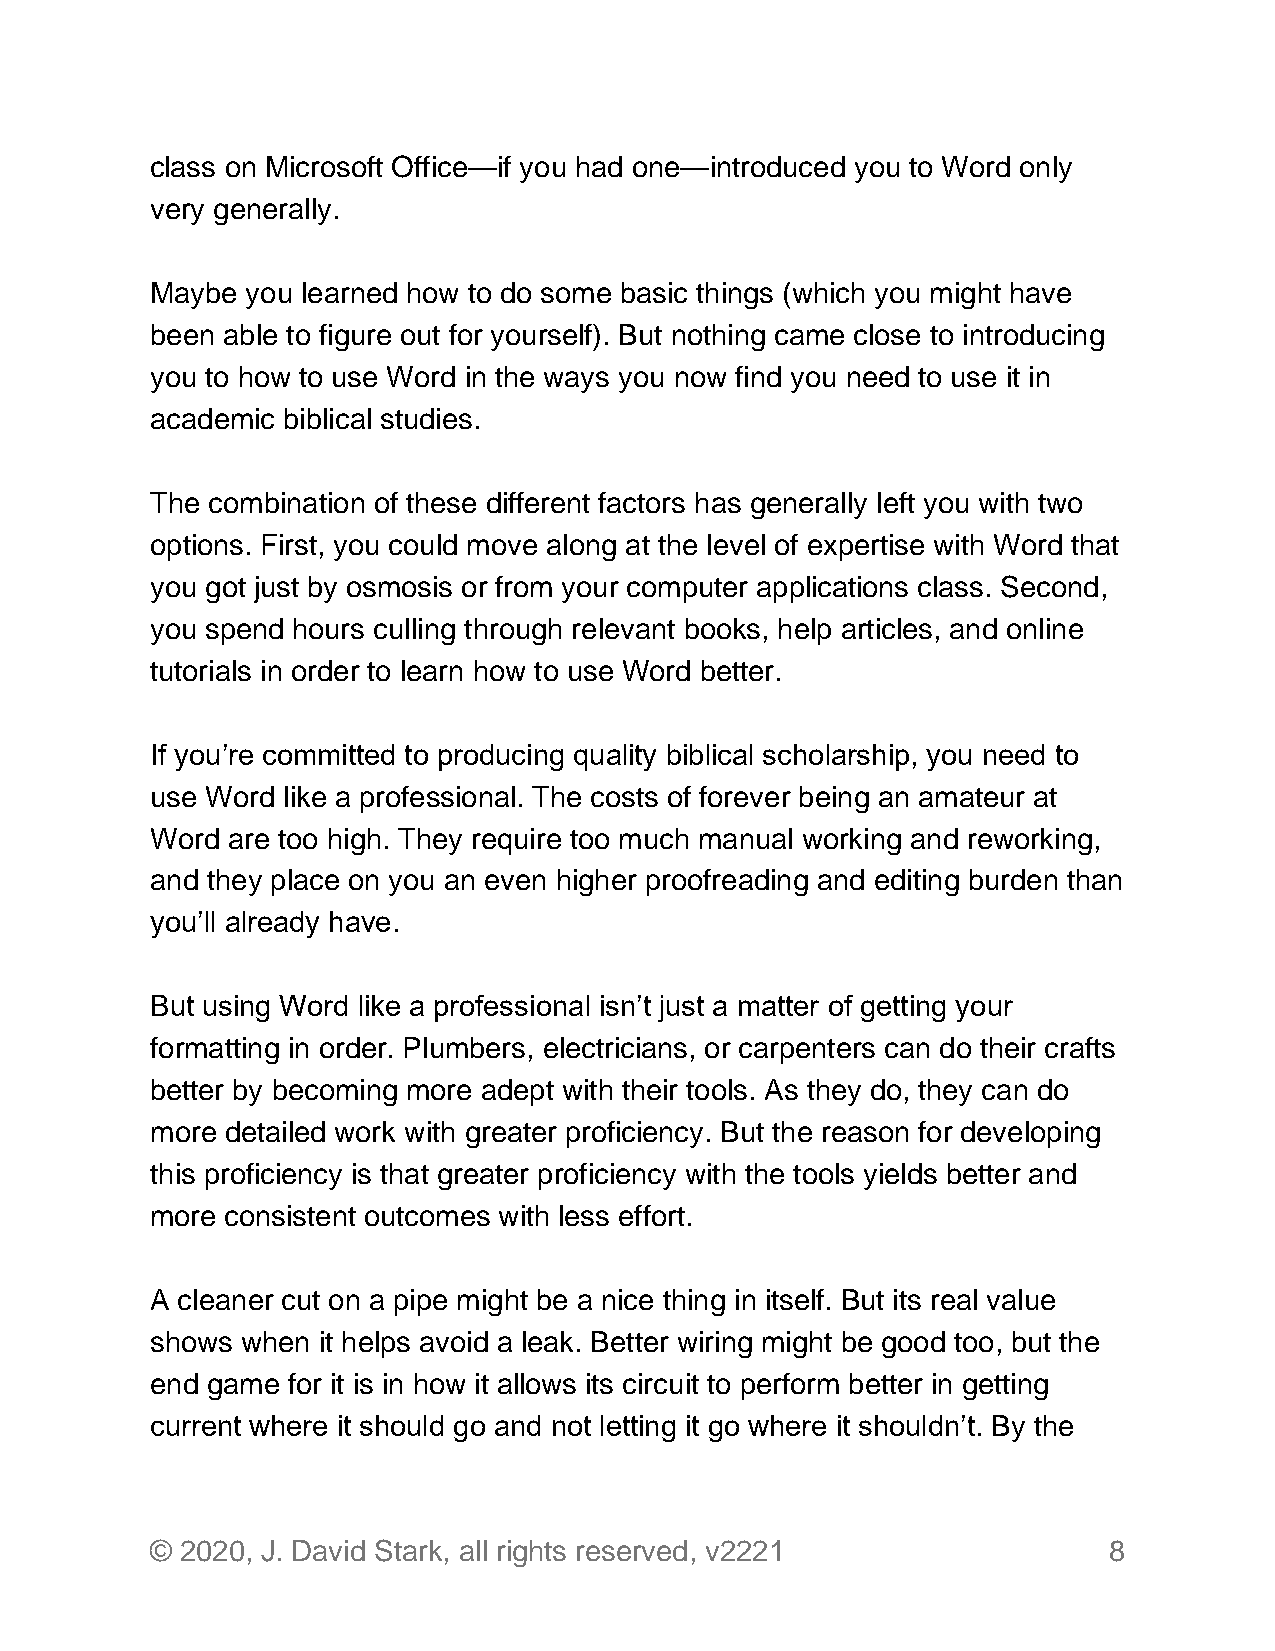
class on Microsoft Office—if you had one—introduced you to Word only
 very generally.
 Maybe you learned how to do some basic things (which you might have
 been able to figure out for yourself). But nothing came close to introducing
 you to how to use Word in the ways you now find you need to use it in
 academic biblical studies.
 The combination of these different factors has generally left you with two
 options. First, you could move along at the level of expertise with Word that
 you got just by osmosis or from your computer applications class. Second,
 you spend hours culling through relevant books, help articles, and online
 tutorials in order to learn how to use Word better.
 If you’re committed to producing quality biblical scholarship, you need to
 use Word like a professional. The costs of forever being an amateur at
 Word are too high. They require too much manual working and reworking,
 and they place on you an even higher proofreading and editing burden than
 you’ll already have.
 But using Word like a professional isn’t just a matter of getting your
 formatting in order. Plumbers, electricians, or carpenters can do their crafts
 better by becoming more adept with their tools. As they do, they can do
 more detailed work with greater proficiency. But the reason for developing
 this proficiency is that greater proficiency with the tools yields better and
 more consistent outcomes with less effort.
 A cleaner cut on a pipe might be a nice thing in itself. But its real value
 shows when it helps avoid a leak. Better wiring might be good too, but the
 end game for it is in how it allows its circuit to perform better in getting
 current where it should go and not letting it go where it shouldn’t. By the
 © 2020, J. David Stark, all rights reserved, v2221             8